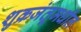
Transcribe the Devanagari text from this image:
शुक्रजंतूमधील